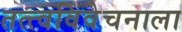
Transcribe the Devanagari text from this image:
तत्त्वविवेचनाला